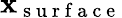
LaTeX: \mathbf x_{\mathrm{~s~u~r~f~a~c~e~}}